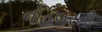
વોહલરની